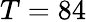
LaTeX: T=84